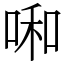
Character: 啝